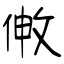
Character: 敒